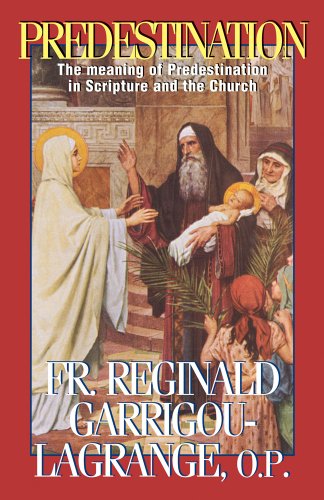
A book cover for Predestination: The Meaning of Predestination in Scripture and the Church; Reginald Garrigou-Lagrange; Politics & Social Sciences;